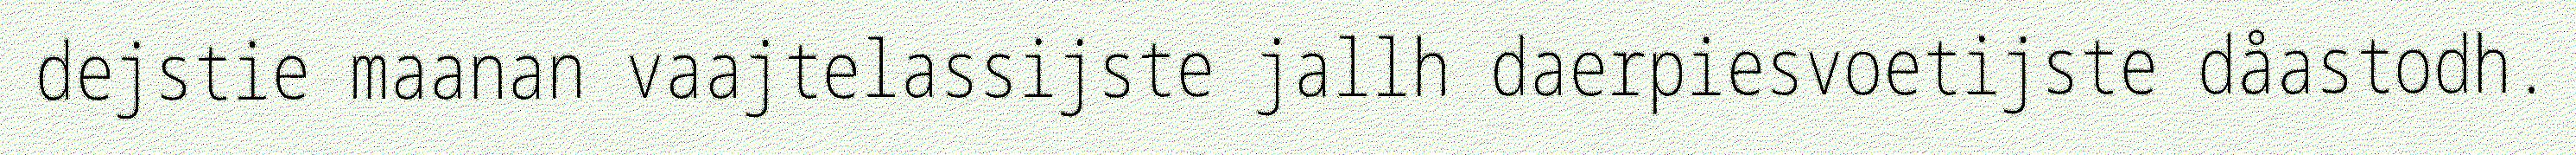
dejstie maanan vaajtelassijste jallh daerpiesvoetijste dåastodh.